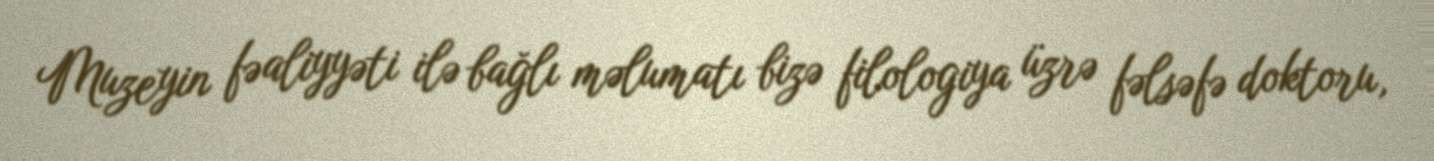
Muzeyin fəaliyyəti ilə bağlı məlumatı bizə filologiya üzrə fəlsəfə doktoru,